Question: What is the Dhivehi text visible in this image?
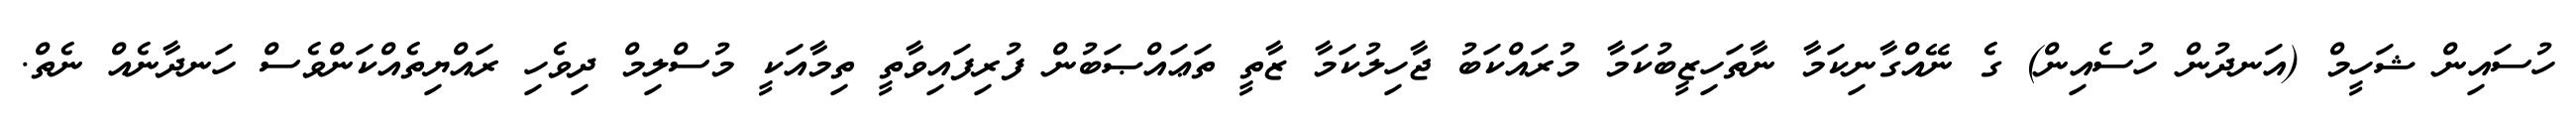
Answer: ހުސައިން ޝަހީމް (އަނދުން ހުސެއިން) ގެ ނޭއްގާނިކަމާ ނާތަހިޒީބުކަމާ މުރައްކަބު ޖާހިލުކަމާ ޒާތީ ތަޢައްޞަބުން ފުރިފައިވާތީ ތިމާއަކީ މުސްލިމް ދިވެހި ރައްޔިތެއްކަންވެސް ހަނދާނެއް ނެތް.